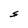
Character: S